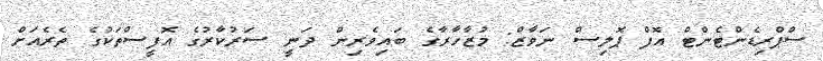
ސްޕްރިޑެންޓެންޓް އޮފް ޕޮލިސް ނަވާޒް: މުޒާހާރާގެ ބައިވެރިން ދަނީ ސަރުކާރުގެ އޮފީސްތަކުގެ ތެރެއަށް